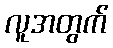
လူအတွက်